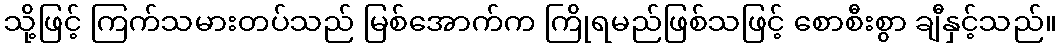
သို့ဖြင့် ကြက်သမားတပ်သည် မြစ်အောက်က ကြိုရမည်ဖြစ်သဖြင့် စောစီးစွာ ချီနှင့်သည်။